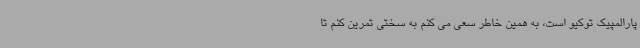
پارالمپیک توکیو است، به همین خاطر سعی می کنم به سختی تمرین کنم تا